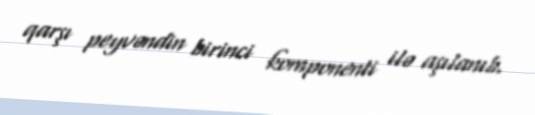
qarşı peyvəndin birinci komponenti ilə aşılanıb.